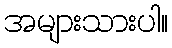
အများသားပါ။